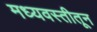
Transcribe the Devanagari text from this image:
मध्यवस्तीतून